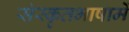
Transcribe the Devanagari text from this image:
संस्कृतभाषामें